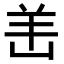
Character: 𫅎